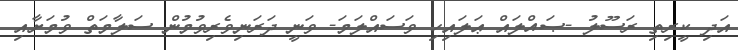
އަދި ކީރިތި ރަސޫލު -ޞައްލައް ޢަލައިހި ވަސައްލަމަ- ވަނީ ދަރަނިވެރިވުމުން ސަލާމަތް ވުމަށާއި